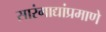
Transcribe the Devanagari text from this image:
सारंगाद्यांप्रमाणे